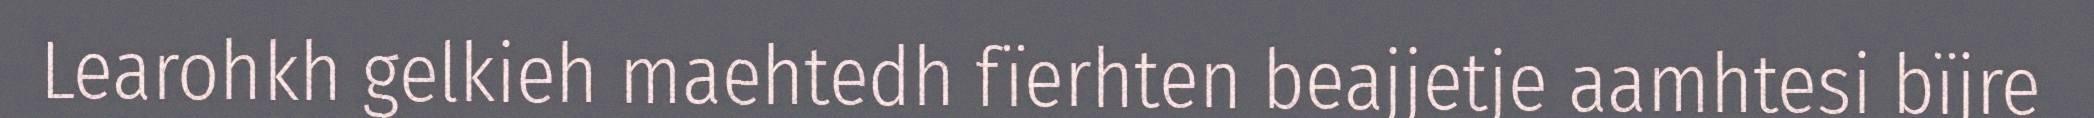
Learohkh gelkieh maehtedh fïerhten beajjetje aamhtesi bïjre